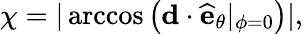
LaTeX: \chi=|\operatorname{arccos}\left(\textbf{d}\cdot\textbf{\^ {e}}_{\theta}|_{\phi=0}\right)|,